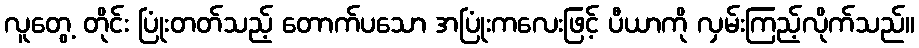
လူတွေ့ တိုင်း ပြုံးတတ်သည့် တောက်ပသော အပြုံးကလေးဖြင့် ပီယာကို လှမ်းကြည့်လိုက်သည်။